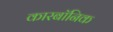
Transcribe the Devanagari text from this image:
कारबॉनिक